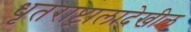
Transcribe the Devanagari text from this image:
धृतराष्ट्रालादेखील